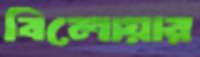
বিলোয়ার